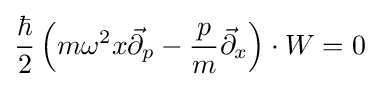
{\frac {\hbar }{2}}\left(m\omega ^{2}x{\vec {\partial }}_{p}-{\frac {p}{m}}{\vec {\partial }}_{x}\right)\cdot W=0